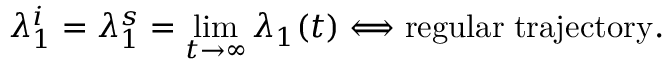
\lambda _ { 1 } ^ { i } = \lambda _ { 1 } ^ { s } = \operatorname* { l i m } _ { t \to \infty } \lambda _ { 1 } ( t ) \Longleftrightarrow \mathrm { r e g u l a r \; t r a j e c t o r y } .